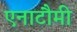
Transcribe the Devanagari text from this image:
एनाटौमी